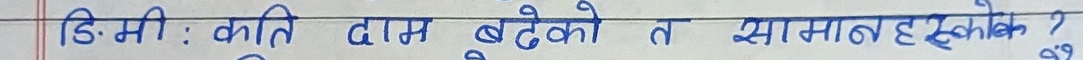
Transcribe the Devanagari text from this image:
डि.मी : कति दाम बढेको त सामान हरूको ?